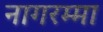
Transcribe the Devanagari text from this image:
नागरम्मा